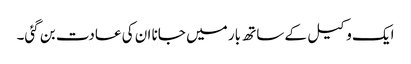
ایک وکیل کے ساتھ بار میں جانا ان کی عادت بن گئی۔